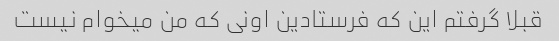
قبلا گرفتم این که فرستادین اونی که من میخوام نیست